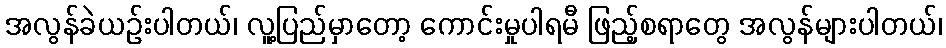
အလွန်ခဲယဉ်းပါတယ်၊ လူ့ပြည်မှာတော့ ကောင်းမှုပါရမီ ဖြည့်စရာတွေ အလွန်များပါတယ်၊